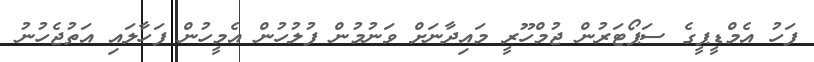
ފަހު އެމްޑީޕީގެ ސަޕޯޓަރުން ޖުމްހޫރީ މައިދާނަށް ވަނުމުން ފުލުހުން އެމީހުން ފަހާލައި އަތުޖެހުނު